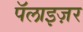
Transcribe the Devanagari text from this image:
पॅलाइज़र